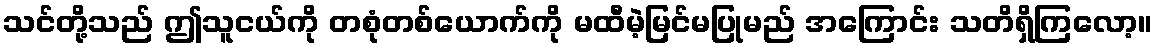
သင်တို့သည် ဤသူငယ်ကို တစုံတစ်ယောက်ကို မထီမဲ့မြင်မပြုမည် အကြောင်း သတိရှိကြလော့။